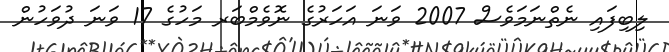
ލިބިފައި ނެތްނަމަވެސް 2007 ވަނަ އަހަރުގެ ނޮވެމްބަރ މަހުގެ 17 ވަނަ ދުވަހުން